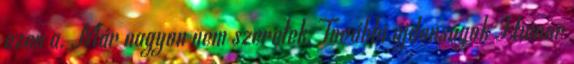
ezen a. Már nagyon nem szeretek. További újdonságok Humor